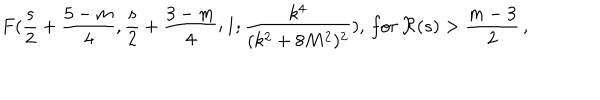
LaTeX: F ( \frac { s } { 2 } + \frac { 5 - m } { 4 } , \frac { s } { 2 } + \frac { 3 - m } { 4 } ; 1 ; \frac { k ^ { 4 } } { ( k ^ { 2 } + 8 M ^ { 2 } ) ^ { 2 } } ) , \, f o r \, \Re ( s ) > \frac { m - 3 } { 2 } \, ,